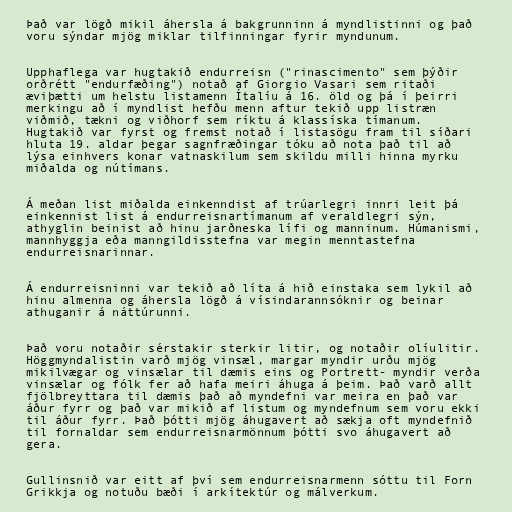
Það var lögð mikil áhersla á bakgrunninn á myndlistinni og það
voru sýndar mjög miklar tilfinningar fyrir myndunum.

Upphaflega var hugtakið endurreisn ("rinascimento" sem þýðir
orðrétt "endurfæðing") notað af Giorgio Vasari sem ritaði
æviþætti um helstu listamenn Ítalíu á 16. öld og þá í þeirri
merkingu að í myndlist hefðu menn aftur tekið upp listræn
viðmið, tækni og viðhorf sem ríktu á klassíska tímanum.
Hugtakið var fyrst og fremst notað í listasögu fram til síðari
hluta 19. aldar þegar sagnfræðingar tóku að nota það til að
lýsa einhvers konar vatnaskilum sem skildu milli hinna myrku
miðalda og nútímans.

Á meðan list miðalda einkenndist af trúarlegri innri leit þá
einkennist list á endurreisnartímanum af veraldlegri sýn,
athyglin beinist að hinu jarðneska lífi og manninum. Húmanismi,
mannhyggja eða manngildisstefna var megin menntastefna
endurreisnarinnar.

Á endurreisninni var tekið að líta á hið einstaka sem lykil að
hinu almenna og áhersla lögð á vísindarannsóknir og beinar
athuganir á náttúrunni.

Það voru notaðir sérstakir sterkir litir, og notaðir olíulitir.
Höggmyndalistin varð mjög vinsæl, margar myndir urðu mjög
mikilvægar og vinsælar til dæmis eins og Portrett- myndir verða
vinsælar og fólk fer að hafa meiri áhuga á þeim. Það varð allt
fjölbreyttara til dæmis það að myndefni var meira en það var
áður fyrr og það var mikið af listum og myndefnum sem voru ekki
til áður fyrr. Það þótti mjög áhugavert að sækja oft myndefnið
til fornaldar sem endurreisnarmönnum þótti svo áhugavert að
gera.

Gullinsnið var eitt af því sem endurreisnarmenn sóttu til Forn
Grikkja og notuðu bæði í arkítektúr og málverkum.